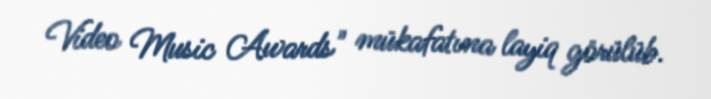
Video Music Awards" mükafatına layiq görülüb.